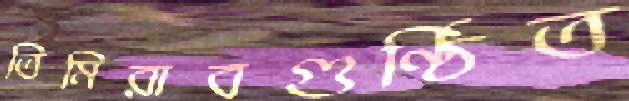
তিমিরাবগুণ্ঠিত